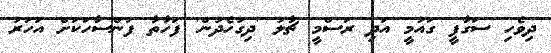
ދިވެހި ސަގާފީ ގައުމީ އަދި ރަސްމީ ޗާލު 'ދިގުހެދުން' ފަހާތާ ފަންސާހަކަށް އަހަރު